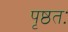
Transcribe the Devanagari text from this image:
पृष्ठतः